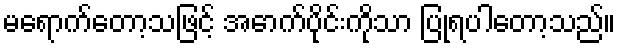
မရောက်တော့သဖြင့် အောက်ပိုင်းကိုသာ ပြုရပါတော့သည်။